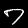
Digit: 7